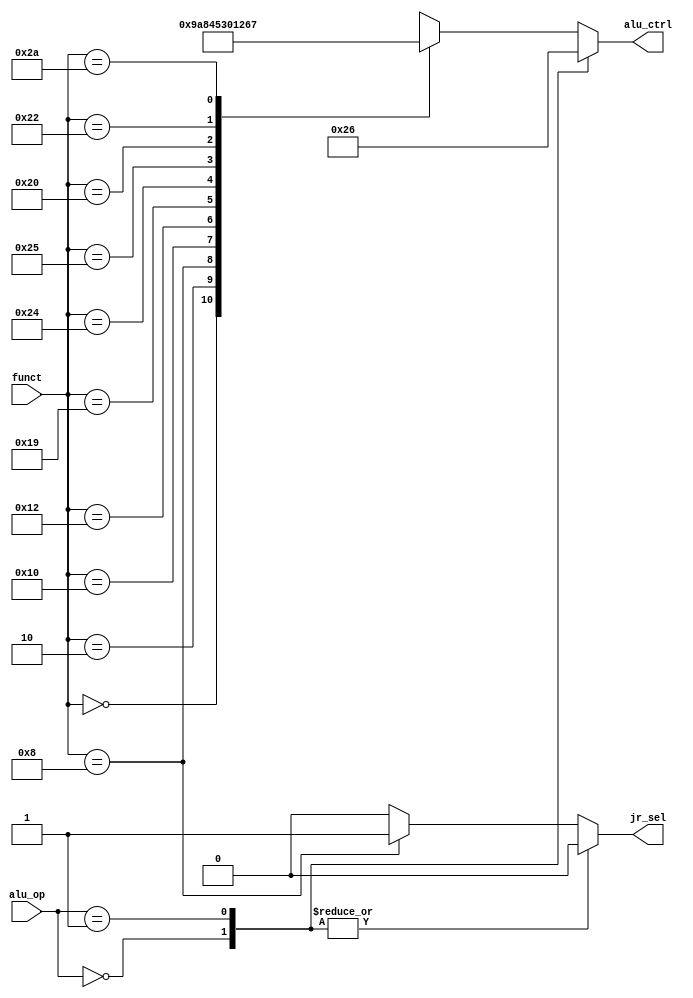
module auxdec (
        input  wire [1:0] alu_op,
        input  wire [5:0] funct,
        output wire [3:0] alu_ctrl,
        output reg       jr_sel
    );

    reg [3:0] ctrl;

    assign {alu_ctrl} = ctrl;

    always @ (alu_op, funct) begin
        jr_sel = 0;
        case (alu_op)
            2'b00: ctrl = 4'b0010;          // ADD
            2'b01: ctrl = 4'b0110;          // SUB
            default: case (funct)
                6'b00_0000: ctrl = 4'b1001; // SLL
                6'b00_0010: ctrl = 4'b1010; // SRL
                6'b00_1000: begin
                                ctrl = 4'b1000; // JR
                                jr_sel = 1;
                            end
                6'b01_0000: ctrl = 4'b0100; // MFHI
                6'b01_0010: ctrl = 4'b0101; // MFLO
                6'b01_1001: ctrl = 4'b0011; // MULTU
                6'b10_0100: ctrl = 4'b0000; // AND
                6'b10_0101: ctrl = 4'b0001; // OR
                6'b10_0000: ctrl = 4'b0010; // ADD
                6'b10_0010: ctrl = 4'b0110; // SUB
                6'b10_1010: ctrl = 4'b0111; // SLT
                default:    ctrl = 4'bxxxx;
            endcase
        endcase
    end

endmodule